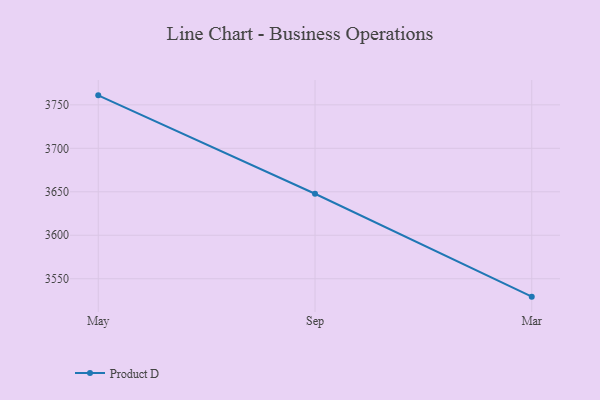
{"axis": {"x": "Month", "y": "Humidity (%)"}, "legend": ["Product D"], "data": [{"x": "May", "y": 3760.9, "type": "Product D"}, {"x": "Sep", "y": 3647.7, "type": "Product D"}, {"x": "Mar", "y": 3529.4, "type": "Product D"}]}